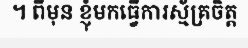
។ ពីមុន ខ្ញុំមកធ្វើការស្ម័គ្រចិត្ត